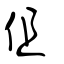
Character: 伹